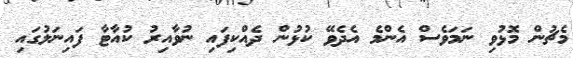
މެޗުން މޮޅުވި ނަމަވެސް އެންމެ އެދެވޭ ކުޅުން ދެއްކިފައި ނުވާއިރު ކުއާޓާ ފައިނަލުގައި